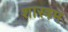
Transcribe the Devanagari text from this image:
शास्त्रम